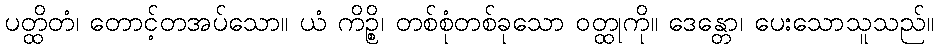
ပတ္ထိတံ၊ တောင့်တအပ်သော။ ယံ ကိဉ္စိ၊ တစ်စုံတစ်ခုသော ဝတ္ထုကို။ ဒေန္တော၊ ပေးသောသူသည်။